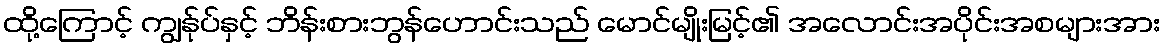
ထို့ကြောင့် ကျွန်ုပ်နှင့် ဘိန်းစားဘွန်ဟောင်းသည် မောင်မျိုးမြင့်၏ အလောင်းအပိုင်းအစများအား